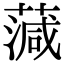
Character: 𦺘